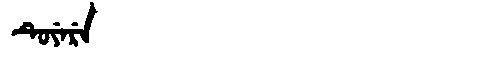
Manchu: ᡨᡠᠶᡝᡵᡝ
Romanization: TUYERE